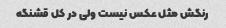
رنگش مثل عکس نیست ولی در کل قشنگه